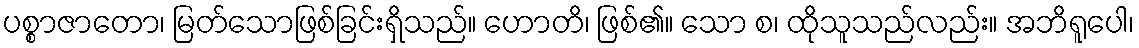
ပစ္စာဇာတော၊ မြတ်သောဖြစ်ခြင်းရှိသည်။ ဟောတိ၊ ဖြစ်၏။ သော စ၊ ထိုသူသည်လည်း။ အဘိရူပေါ၊